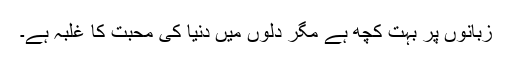
زبانوں پر بہت کچھ ہے مگر دلوں میں دنیا کی محبت کا غلبہ ہے۔